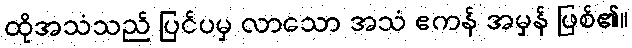
ထိုအသံသည် ပြင်ပမှ လာသော အသံ ဧကန် အမှန် ဖြစ်၏။